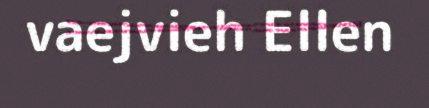
vaejvieh Ellen